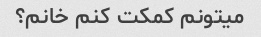
میتونم کمکت کنم خانم؟